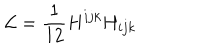
LaTeX: { \cal L } = { \frac { 1 } { 1 2 } } { H ^ { i j k } H _ { i j k } }